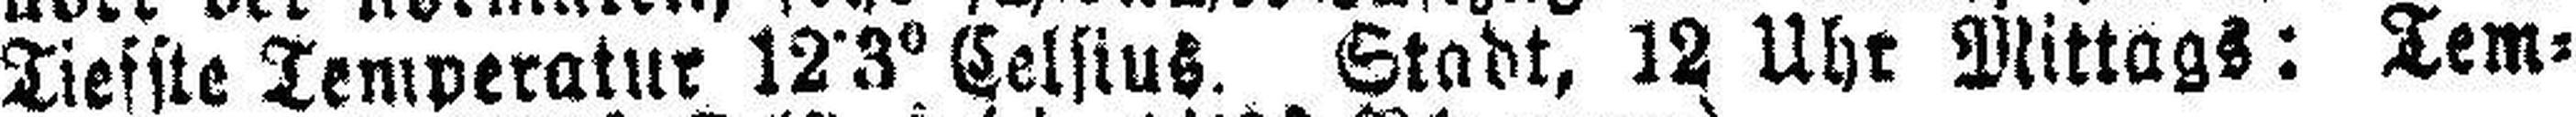
Tiefste Temperatur 12•3° Celsius. Stadt, 12 Uhr Mittags: Tem¬